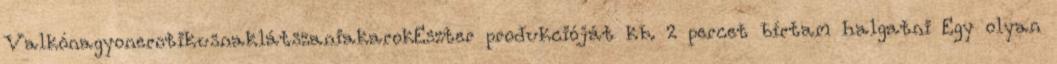
ValkónagyonerotikusnaklátszaniakarokEszter produkcióját kb. 2 percet bírtam halgatni Egy olyan